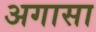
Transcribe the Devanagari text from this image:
अगासा